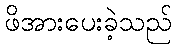
ဖိအားပေးခဲ့သည်